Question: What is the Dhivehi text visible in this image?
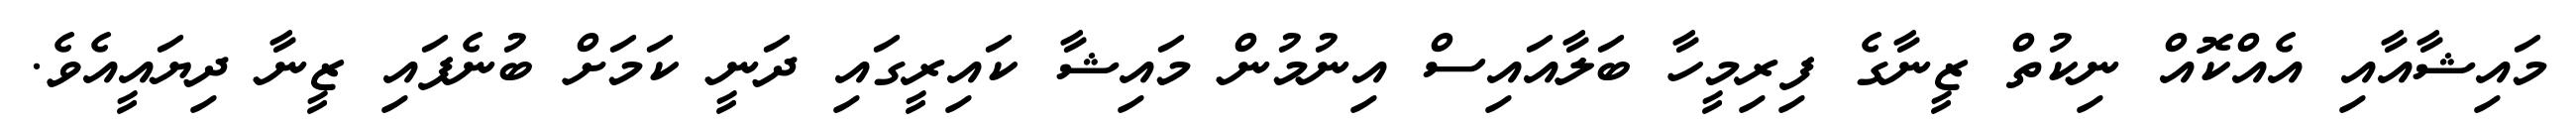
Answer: މައިޝާއާއި އެއްކޮއް ނިކުތް ޒީނާގެ ފިރިމީހާ ބަލާއައިސް އިނުމުން މައިޝާ ކައިރީގައި ދަނީ ކަމަށް ބުނެފައި ޒީނާ ދިޔައީއެވެ.